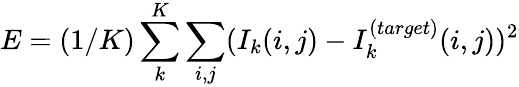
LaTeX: E=(1/K)\sum_{k}^{K}\sum_{i,j}(I_{k}(i,j)-I_{k}^{(target)}(i,j))^{2}